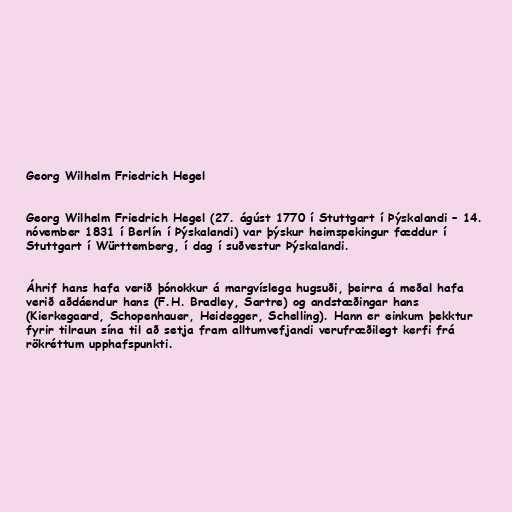
Georg Wilhelm Friedrich Hegel

Georg Wilhelm Friedrich Hegel (27. ágúst 1770 í Stuttgart í Þýskalandi – 14.
nóvember 1831 í Berlín í Þýskalandi) var þýskur heimspekingur fæddur í
Stuttgart í Württemberg, í dag í suðvestur Þýskalandi.

Áhrif hans hafa verið þónokkur á margvíslega hugsuði, þeirra á meðal hafa
verið aðdáendur hans (F.H. Bradley, Sartre) og andstæðingar hans
(Kierkegaard, Schopenhauer, Heidegger, Schelling). Hann er einkum þekktur
fyrir tilraun sína til að setja fram alltumvefjandi verufræðilegt kerfi frá
rökréttum upphafspunkti.